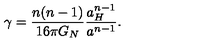
\gamma = { \frac { n ( n - 1 ) } { 1 6 \pi G _ { N } } } { \frac { a _ { H } ^ { n - 1 } } { a ^ { n - 1 } } } .